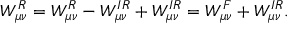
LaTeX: W _ { \mu \nu } ^ { R } = W _ { \mu \nu } ^ { R } - W _ { \mu \nu } ^ { I R } + W _ { \mu \nu } ^ { I R } = W _ { \mu \nu } ^ { F } + W _ { \mu \nu } ^ { I R } .